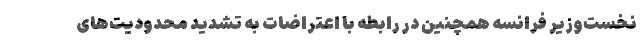
نخست‌وزیر فرانسه همچنین در رابطه با اعتراضات به تشدید محدودیت‌های